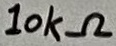
Text: 10kΩ